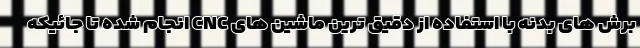
برش های بدنه با استفاده از دقیق ترین ماشین های CNC انجام شده تا جائیکه